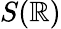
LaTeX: S(\mathbb{R})